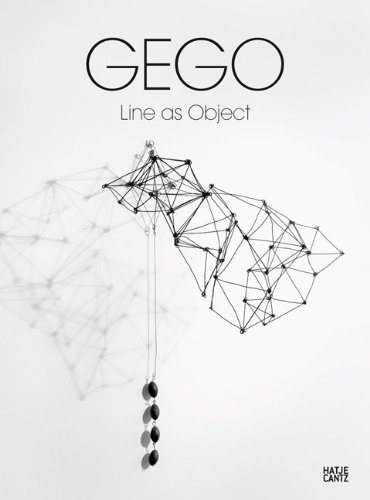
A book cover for Gego: Line as Object; Eva Froitzheim; Arts & Photography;